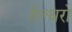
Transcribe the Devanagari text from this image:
हेल्थरो